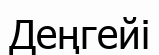
Деңгейі